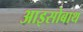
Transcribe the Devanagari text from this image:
आइसोबाथ